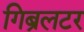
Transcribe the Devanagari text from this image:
गिब्रलटर